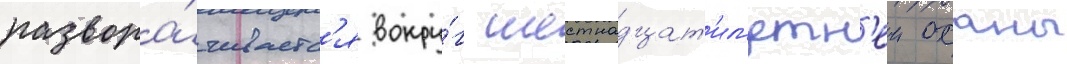
развора́чиваетс'я вокру́г шестнадцат'ил'етн'еи оханы